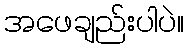
အဖေချည်းပါပဲ။